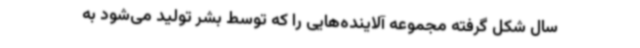
سال شکل گرفته مجموعه آلاینده‌هایی را که توسط بشر تولید می‌شود به